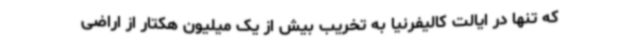
که تنها در ایالت کالیفرنیا به تخریب بیش از یک میلیون هکتار از اراضی